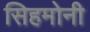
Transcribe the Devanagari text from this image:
सिहमोनी